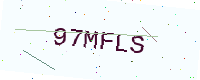
Text: 97MFLS